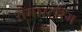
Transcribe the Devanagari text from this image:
रीमास्टरिंग